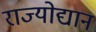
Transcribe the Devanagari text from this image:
राज्योद्यान